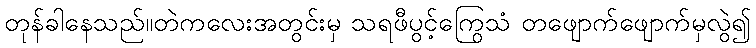
တုန်ခါနေသည်။တဲကလေးအတွင်းမှ သရဖီပွင့်ကြွေသံ တဖျောက်ဖျောက်မှလွဲ၍